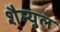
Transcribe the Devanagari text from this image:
शैम्युल